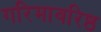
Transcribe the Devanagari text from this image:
गरिमावरिष्ठ